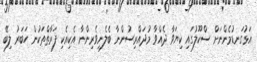
އަޅުގަނޑުމެންނަށް ސްކޫލުގައި ކިޔަވާ ދެއްވާ މުދައްރިސުންނާ ބެލެނިވެރިންނާ އެކިއެކި ފަރާތްތަކުން ހަބަރު ލިބޭ